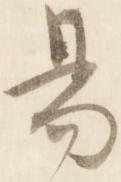
易